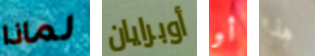
لماذا أوبرايان أو هذا